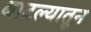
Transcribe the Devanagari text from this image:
बाटल्यातून